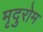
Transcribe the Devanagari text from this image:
मृदुरोम